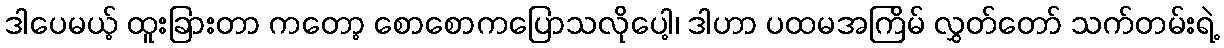
ဒါပေမယ့် ထူးခြားတာ ကတော့ စောစောကပြောသလိုပေါ့၊ ဒါဟာ ပထမအကြိမ် လွှတ်တော် သက်တမ်းရဲ့